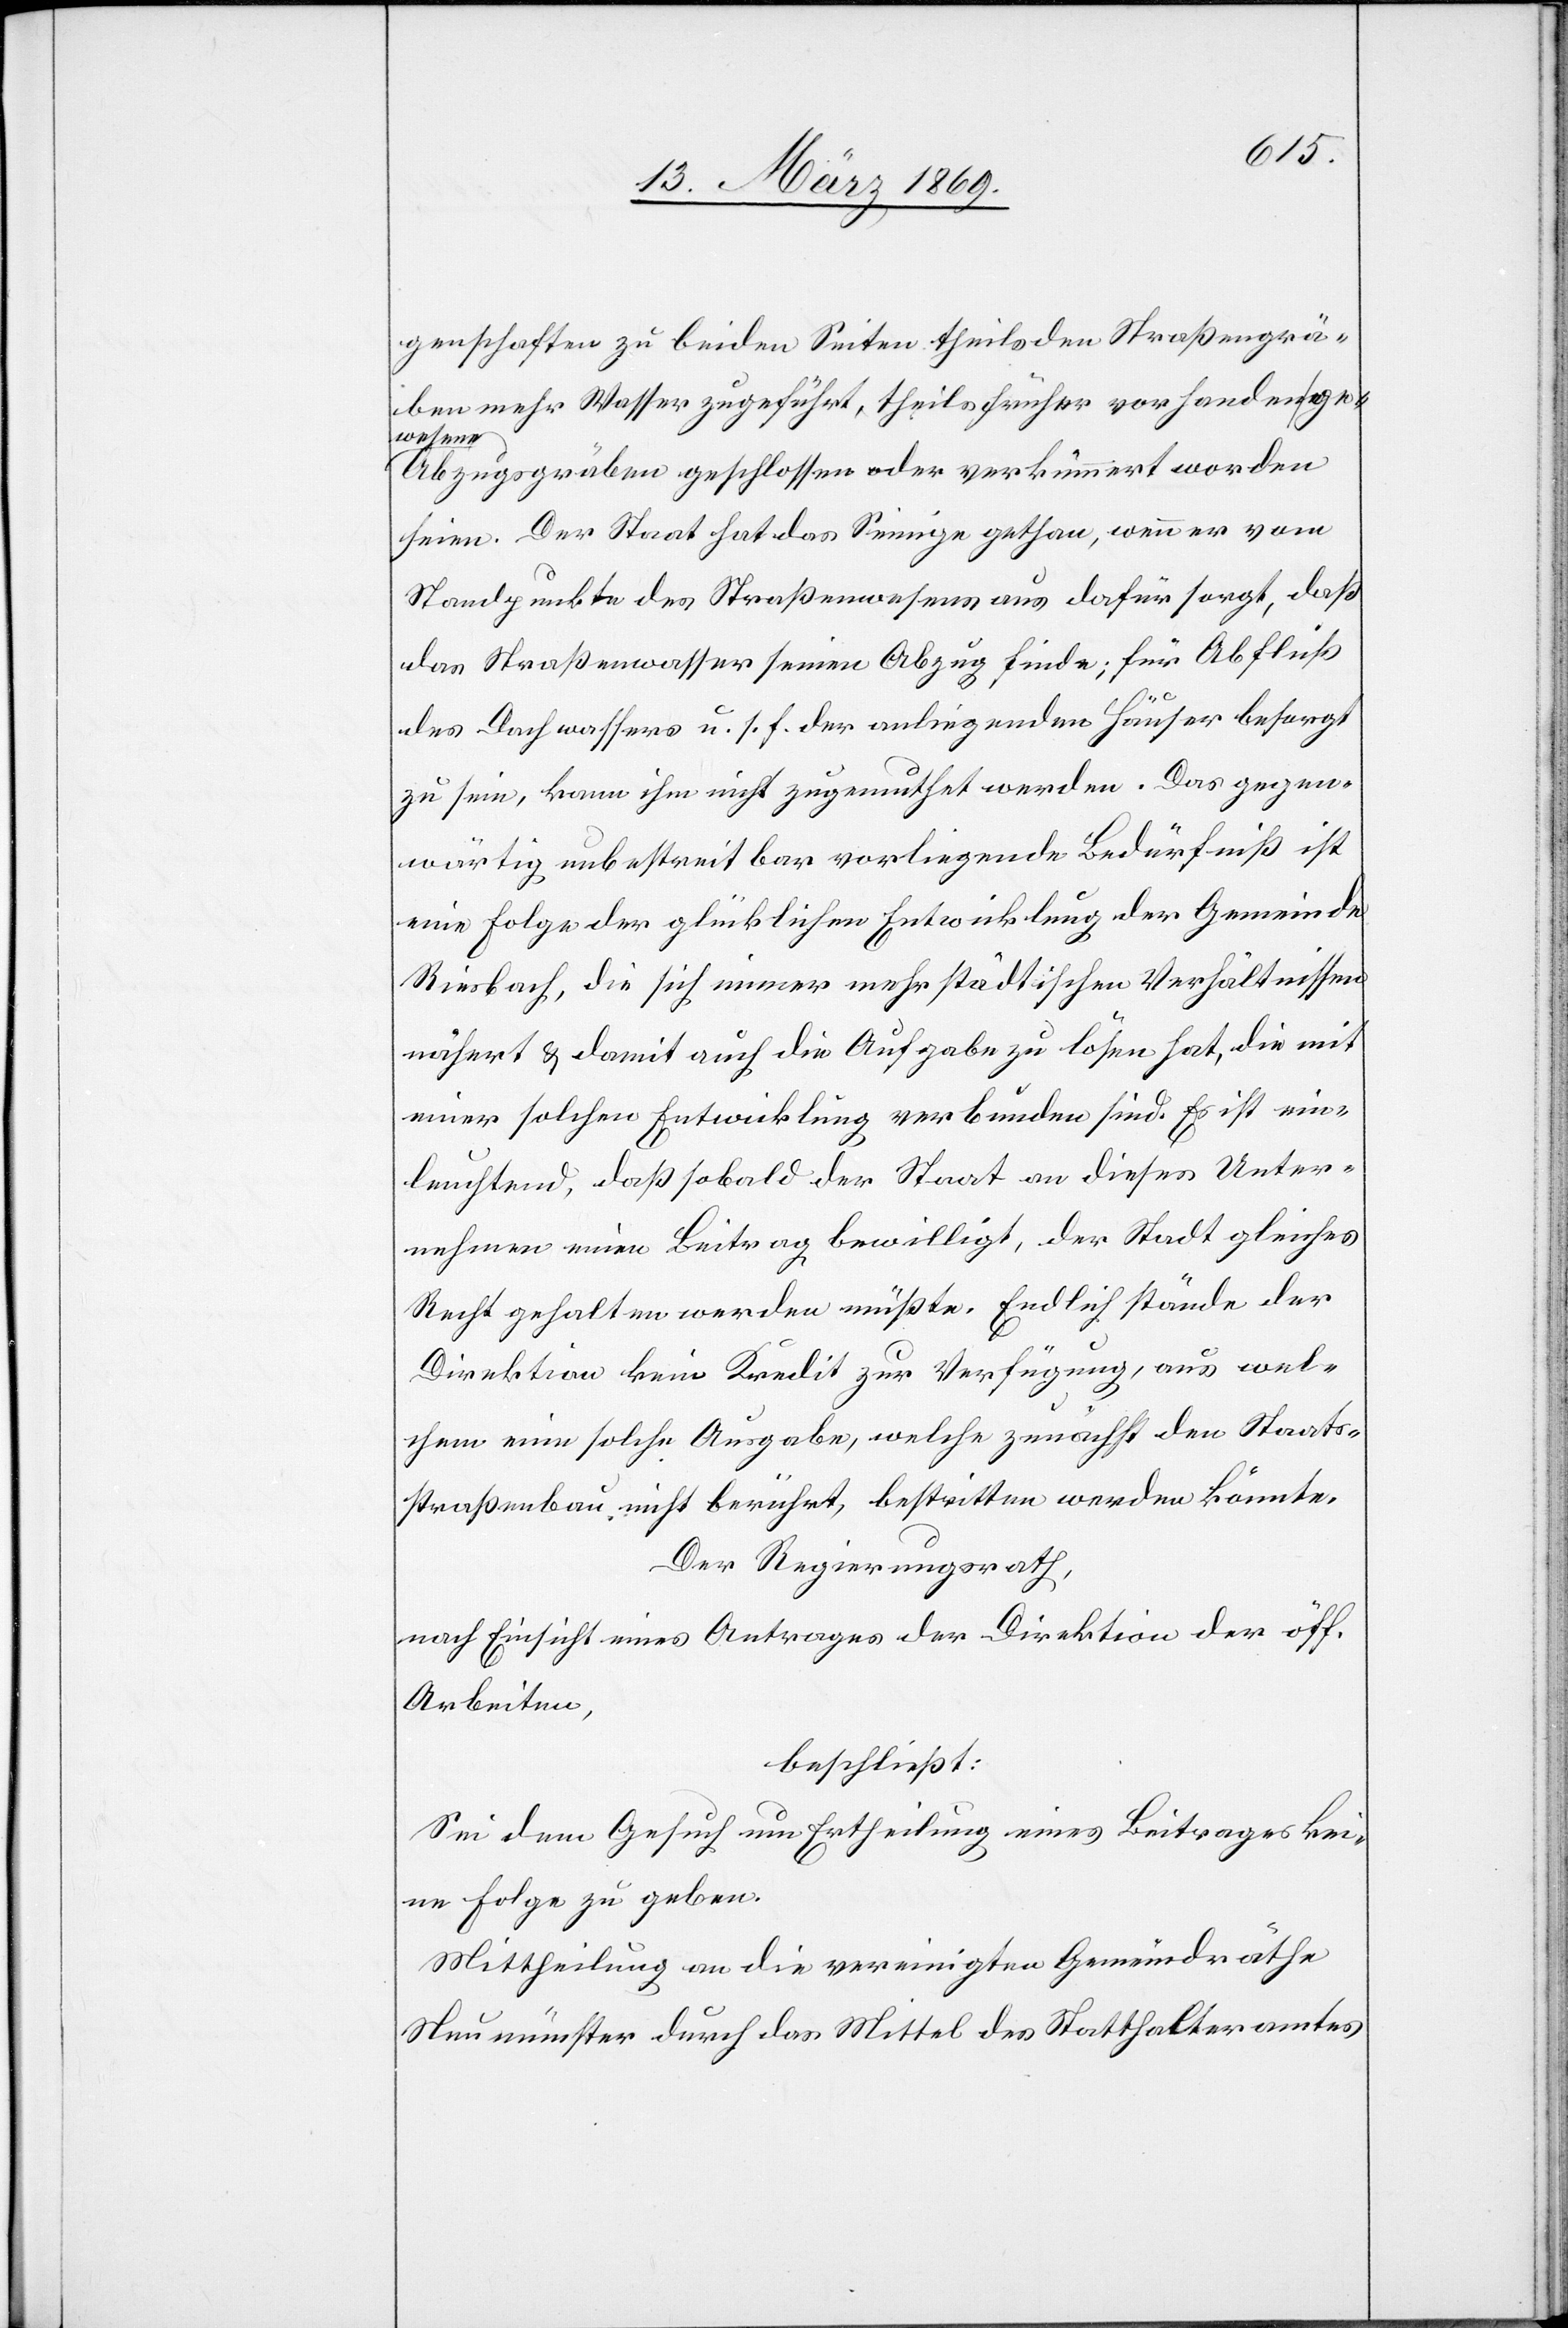
genschaften zu beiden Seiten theils den Straßengrä¬
ben mehr Wasser zugeführt, theils früher vorhanden ge¬
wesene
Abzugsgräben geschlossen oder verkümmert worden
seien. Der Staat hat das Seinige gethan, wenn er vom
Standpunkte des Straßenwesens aus dafür sorgt, daß
das Straßenwasser seinen Abzug finde; für Abfluß
des Dachwassers u. s. f. der anliegenden Häuser besorgt
zu sein, kann ihm nicht zugemuthet werden. Das gegen¬
wärtig unbestreitbar vorliegende Bedürfniß ist
eine Folge der glücklichen Entwicklung der Gemeinde
Riesbach, die sich immer mehr städtischen Verhältnissen
nähert, & damit auch die Aufgabe zu lösen hat, die mit
einer solchen Entwicklung verbunden sind. Es ist ein¬
leuchtend, daß sobald der Staat an dieses Unter¬
nehmen einen Beitrag bewilligt, der Stadt gleiches
Recht gehalten werden müßte. Endlich stände der
Direktion kein Kredit zur Verfügung, aus wel¬
chem eine solche Ausgabe, welche zunächst dem Staats¬
straßenbau nicht berührt, bestritten werden könnte.
Der Regierungsrath,
nach Einsicht eines Antrages Direktion der öff.
Arbeiten,
beschließt:
Sei dem Gesuch um Ertheilung eines Beitrages kei¬
ne Folge zu geben.
Mittheilung an die vereinigten Gemeindräthe
Neumünster durch das Mittel des Statthalteramtes